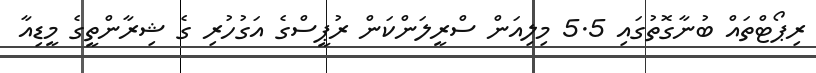
ރިޕޯޓްތައް ބުނާގޮތުގައި 5.5 މިލިއަން ސްރީލަންކަން ރުޕީސްގެ އަގުހުރި ގެ ޝިރާންތީގެ މީޑިއާ